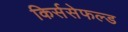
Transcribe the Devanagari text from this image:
किर्ससेफल्ड